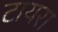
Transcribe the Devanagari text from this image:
टायरा